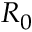
R _ { 0 }